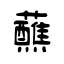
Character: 蘸